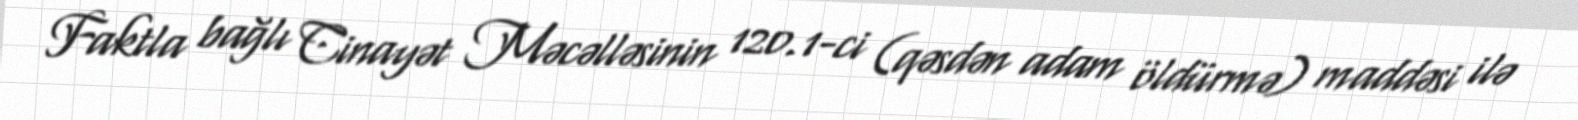
Faktla bağlı Cinayət Məcəlləsinin 120.1-ci (qəsdən adam öldürmə) maddəsi ilə